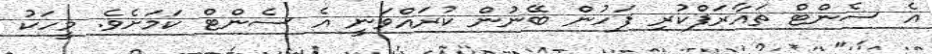
އެ ސެންޓް ތައާރަފްކުރި ފަހުން ބޭނުން ކުރައްވަނީ އެ ސެންޓް ކަމަށެވެ. މީހަކު